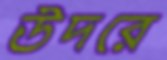
উদরে